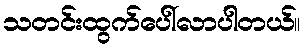
သတင်းထွက်ပေါ်လာပါတယ်။